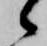
候